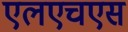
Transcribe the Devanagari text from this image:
एलएचएस